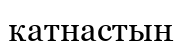
қатнастың